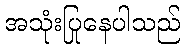
အသုံးပြုနေပါသည်